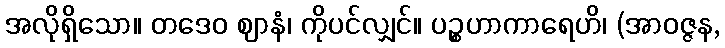
အလိုရှိသော။ တဒေဝ ဈာနံ၊ ကိုပင်လျှင်။ ပဉ္စဟာကာရေဟိ၊ (အာဝဇ္ဇန,